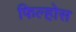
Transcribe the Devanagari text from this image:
फिल्होस